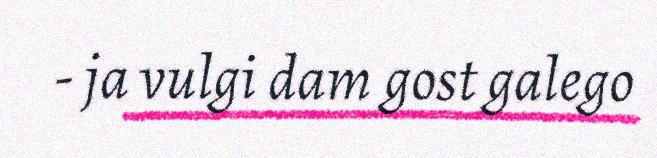
- ja vulgi dam gost galego